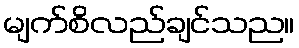
မျက်စိလည်ချင်သည။